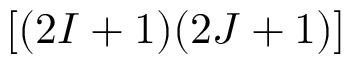
\left[ ( 2 I + 1 ) ( 2 J + 1 ) \right]